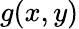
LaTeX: g(x,y)